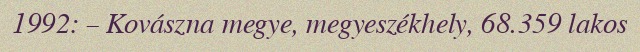
1992: – Kovászna megye, megyeszékhely, 68.359 lakos